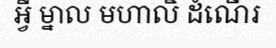
អ្វី ម្នាល មហាលិ ដំណើរ